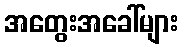
အတွေးအခေါ်များ